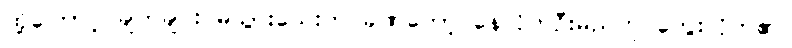
ထို့ကြောင့် ချက်ချင်း မသွားသေးဘဲ ခဏတော့ နေလိုက်ဦးမည်ဟု တွေးလိုက်၏။